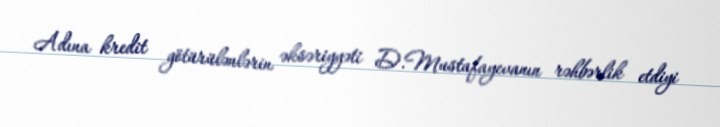
Adına kredit götürülənlərin əksəriyyəti D.Mustafayevanın rəhbərlik etdiyi